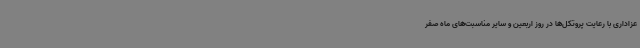
عزاداری‌ با رعایت پروتکل‌ها در روز اربعین و سایر مناسبت‌های ماه صفر